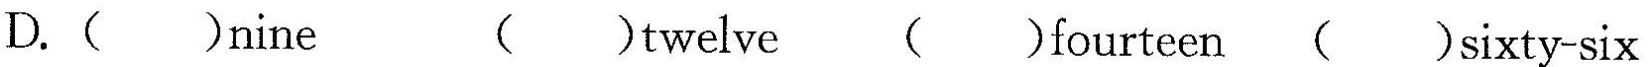
D.( )nine ( )twelve ( )fourteen ( )sixty-six